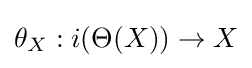
\theta _{X}:i(\Theta (X))\to X